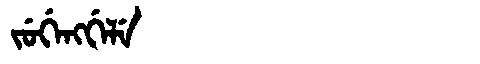
Manchu: ᠵᡠᡤᡝᠩᡤᡝᠯᡝ
Romanization: JUGENGGELE